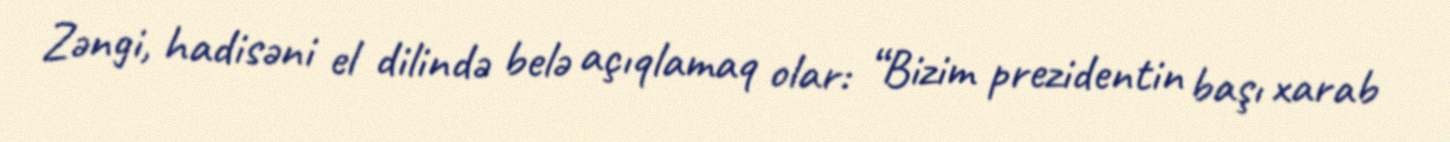
Zəngi, hadisəni el dilində belə açıqlamaq olar: “Bizim prezidentin başı xarab